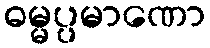
ဓမ္မပ္ပမာဏော